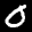
Label: 0